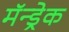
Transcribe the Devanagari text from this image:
मॅन्ड्रेक